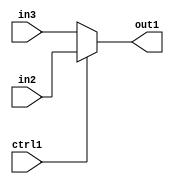
`timescale 1ps / 1ps
/*****************************************************************************
    Verilog RTL Description
    
    
    Created by: Stratus DpOpt 2019.1.01 
*******************************************************************************/

module GauFilter_N_Muxb_1_2_4_4 (
	in3,
	in2,
	ctrl1,
	out1
	); /* architecture "behavioural" */ 
input  in3,
	in2,
	ctrl1;
output  out1;
wire  asc001;

reg [0:0] asc001_tmp_0;
assign asc001 = asc001_tmp_0;
always @ (ctrl1 or in2 or in3) begin
	case (ctrl1)
		1'B1 : asc001_tmp_0 = in2 ;
		default : asc001_tmp_0 = in3 ;
	endcase
end

assign out1 = asc001;
endmodule

/* CADENCE  uLHySgo= : u9/ySgnWtBlWxVPRXgAZ4Og= ** DO NOT EDIT THIS LINE ******/